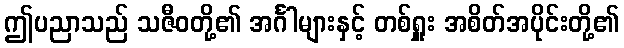
ဤပညာသည် သဇီဝတို့၏ အင်္ဂါများနှင့် တစ်ရှူး အစိတ်အပိုင်းတို့၏